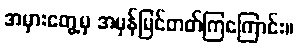
အမှားတွေ့မှ အမှန်မြင်တတ်ကြကြောင်း။